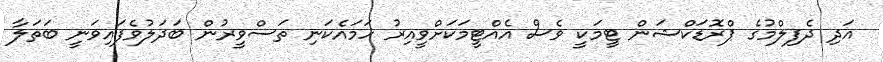
އަދި ދެފިލްމުގެ ޕްރޮޑަކްޝަން ޓީމަކީ ވެސް އެއްޓީމަކަށްވީއިރު ހަމައެކަނި ތަސްވީރުން ބަދަލުވެފައިވަނީ ބަތަލާ